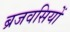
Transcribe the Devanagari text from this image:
ब्रजवसियों